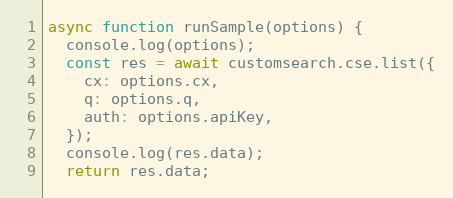
Language: JavaScript
async function runSample(options) {
  console.log(options);
  const res = await customsearch.cse.list({
    cx: options.cx,
    q: options.q,
    auth: options.apiKey,
  });
  console.log(res.data);
  return res.data;